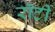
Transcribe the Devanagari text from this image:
रॉर्टी